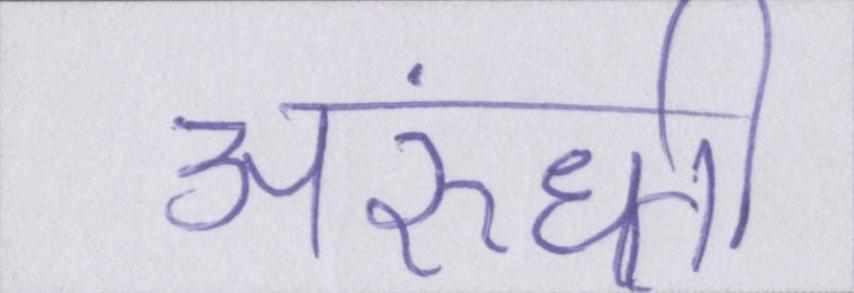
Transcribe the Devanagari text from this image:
अरुंधती